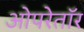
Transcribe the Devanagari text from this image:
ओपरेतॉर